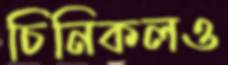
চিনিকলও